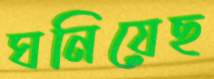
ঘনিয়েছ